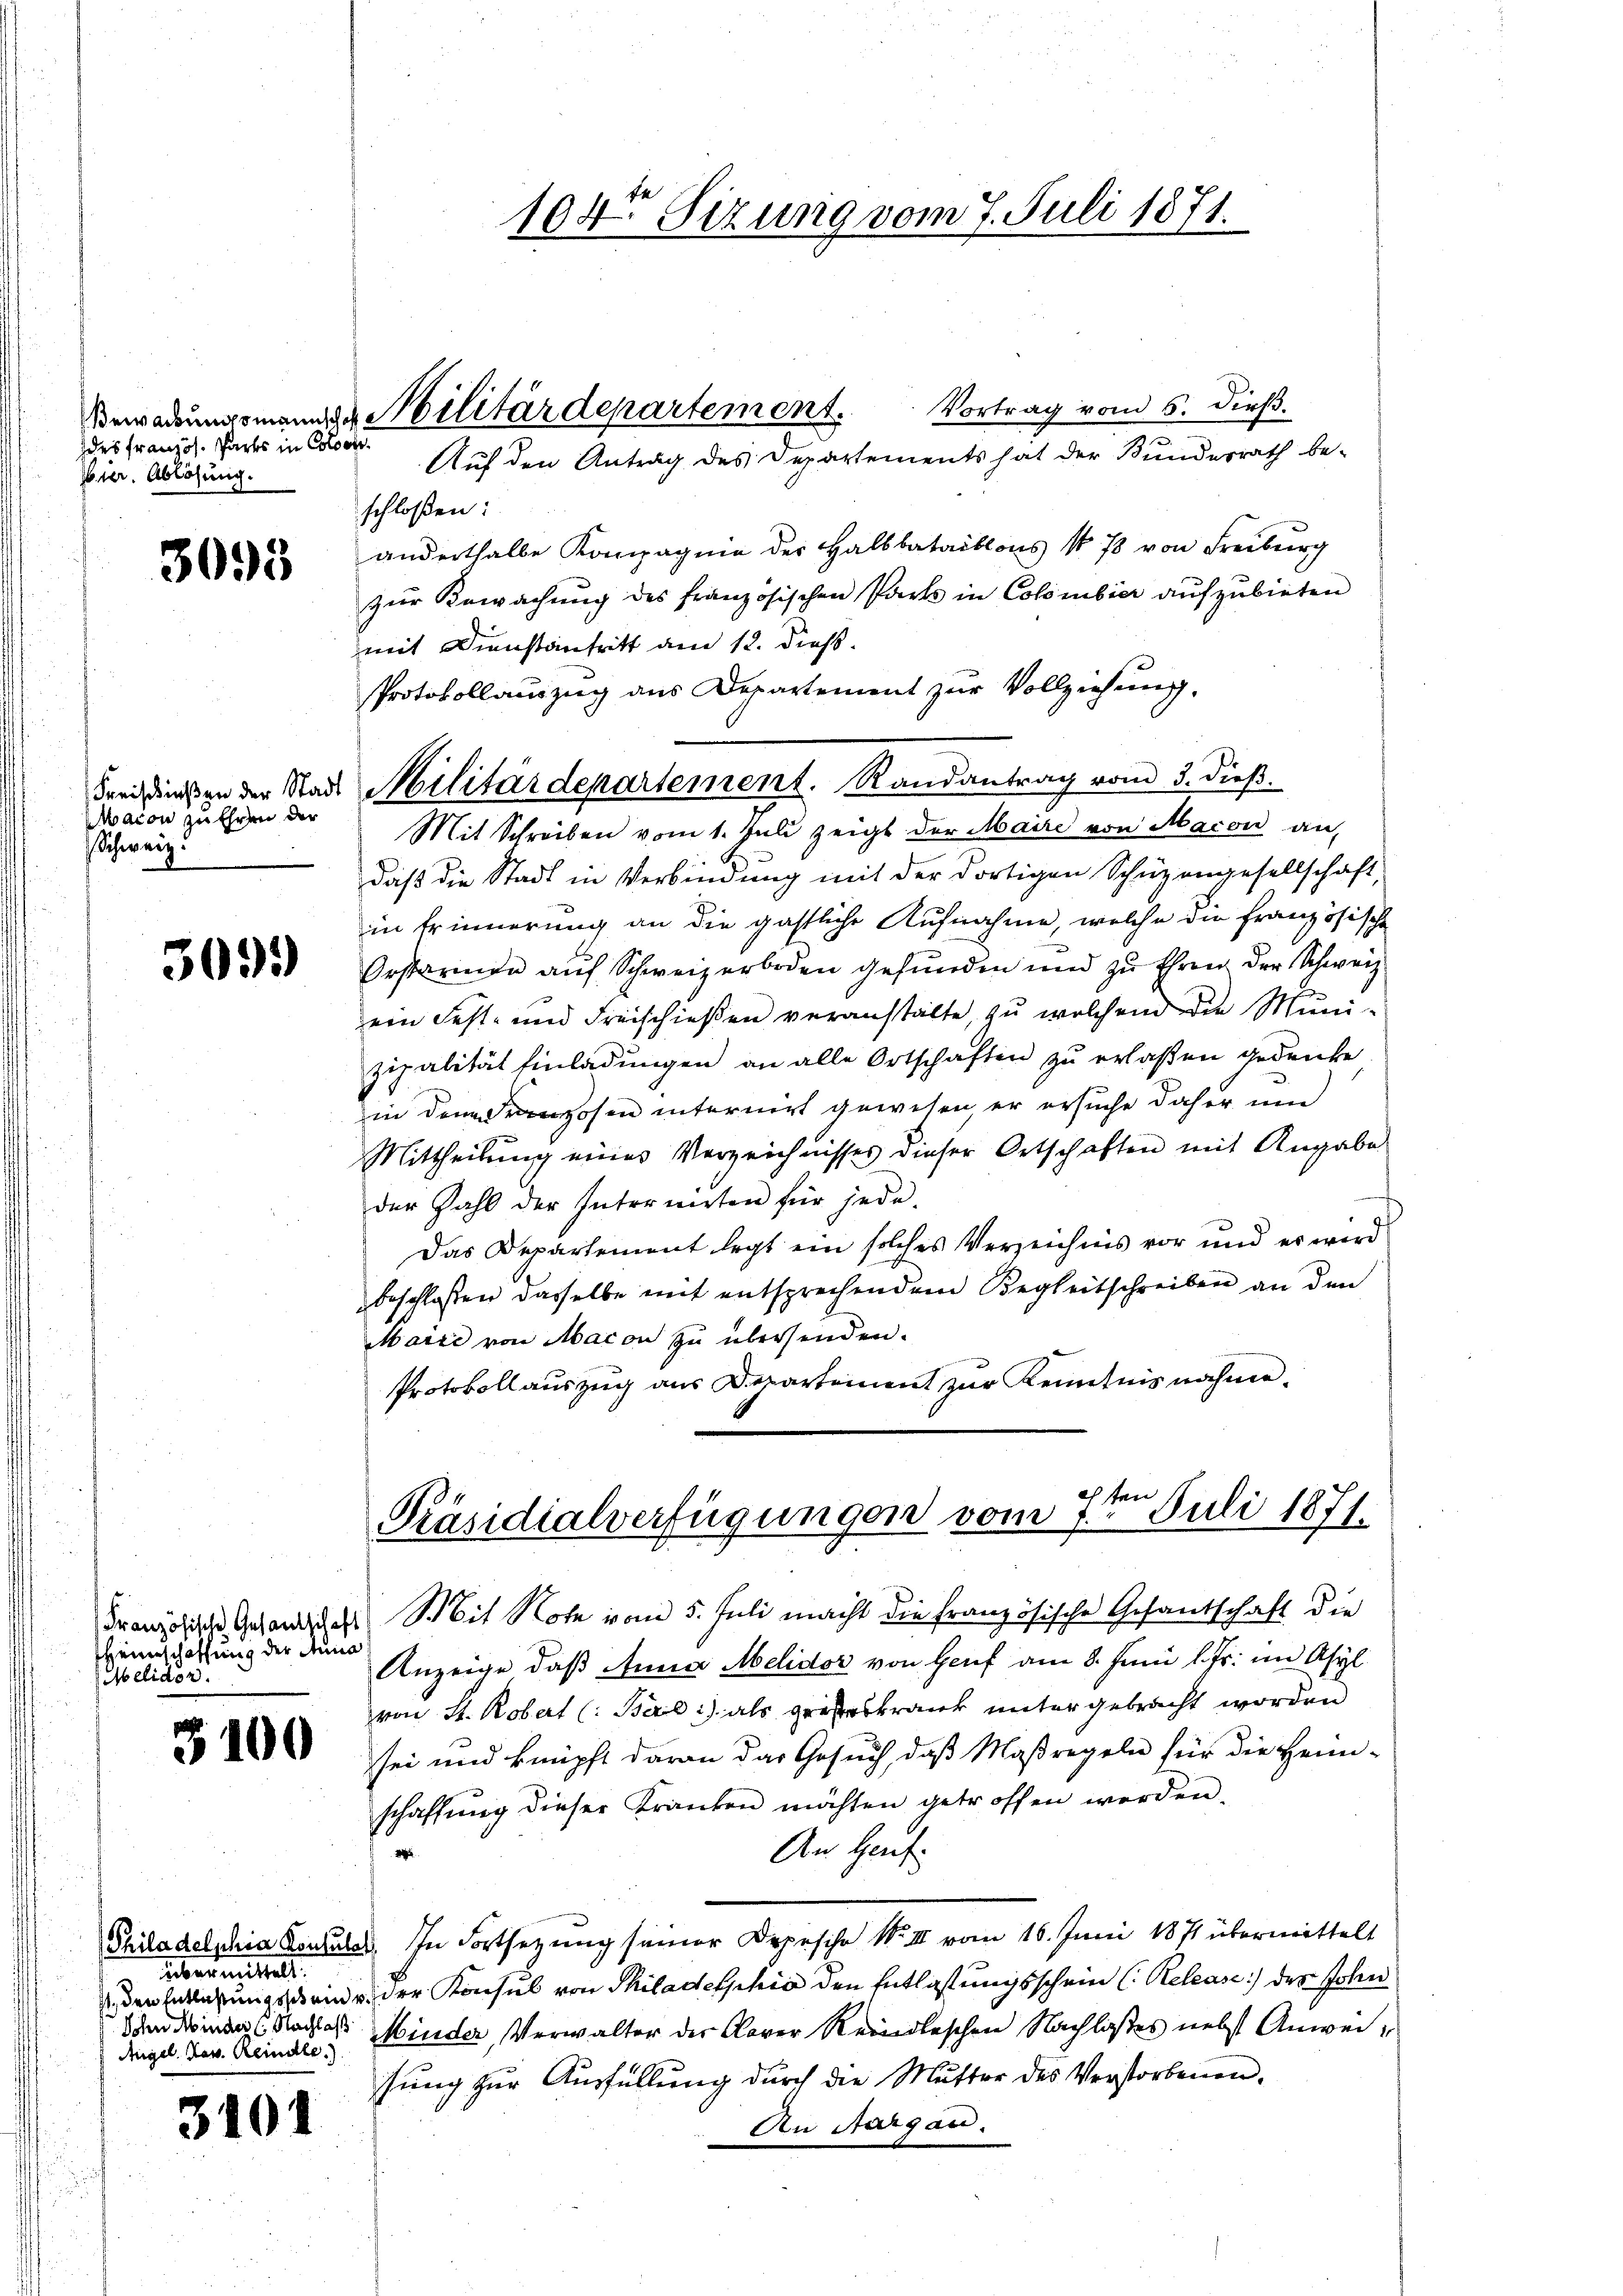
des Französ. Parts in Coloo¬
Eier. Ablösung.

3093

Maion zu Ehren der
Schweiz.

3091)

3100

3101

Französische Gesandschaft
Heimschaffung der Anna
Melidor.

Vortrag vom 5. dieß.
schloßen:
anderthalbe Kompagnie der Halbbataillons No 73 von Freiburg
zur Bewachung des französischen Parts in Colombier aufzubieten
mit Dienstantritt am 12. Diess.
Protokollauszug aus Departement zur Vollziehung.
Mit Schreiben vom 1. Juli zeigt der Maire von Macon an,
daß die Stadt in Verbindung mit der dortigen Schüzengesellschaft,
in Erinnerung an die gastliche Aufnahme, welche die französische
Orstarmen auf Schweizerboden gefunden und zu Ehren der Schweiz
ein Fest- und Freischießen veranstalte, zu welchen die Muni-
zipalität Einladungen an alle Ortschaften zu erlaßen gedenke
in dem Kranzosen internirt gewesen, er ersuche daher um
Mittheilung eines Verzeichnisses dieser Ortschaften mit Angabe
der Zahl der Intermieten für jede
Das Departement legt ein solches Verzeichnis vor und es wird
beschlossen dasselbe mit entsprechendem Begleitschreiben an den
Maire von Macon zu übersenden.
Protokollauszug aus Departement zur Kenntnis nahme¬

Philadelphia Konsulat,
übermittelt.
st., den Entlaßungsschen u.
Sohn Minder C. Nachlaß
Angel. Nov. Reindle.)

Bewadungsmann Militärdepartement.
Auf den Antrag des Departements hat der Bundesrath be-

dreissen der Stadt Militärdepartement. Randantrag vom 3. dieß.

104 Sizung vom 7. Juli 1871.

Präsidialverfügungen vom 7ten Juli 1871.

Mit Note vom 5. Juli macht die französische Gesantschaft die
Anzeige, daß Anna Melidor von Genf am 8. Juni l. Js. im Asyl
von St. Robert (: Barli) als großeskrank untergebracht worden
sei und knüpft daran das Gesuch, daß Maßregeln für die Heim-
schaffung dieser Kranken möchten getroffen werden.
An Heut
1
In Fortsezung seiner Depesche No III vom 16. Juni 1871 übermittelt
der Konsul von Philadelphia den Entlaßungsschein (: Release) des John
Minder, Verwalter der Claver Reindlischen Nachlosses nebst Anweisung zur Ausfüllung durch die Mutter des Verstorbenen,
An Aargau.